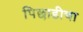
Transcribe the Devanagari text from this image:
पिछाडीचा